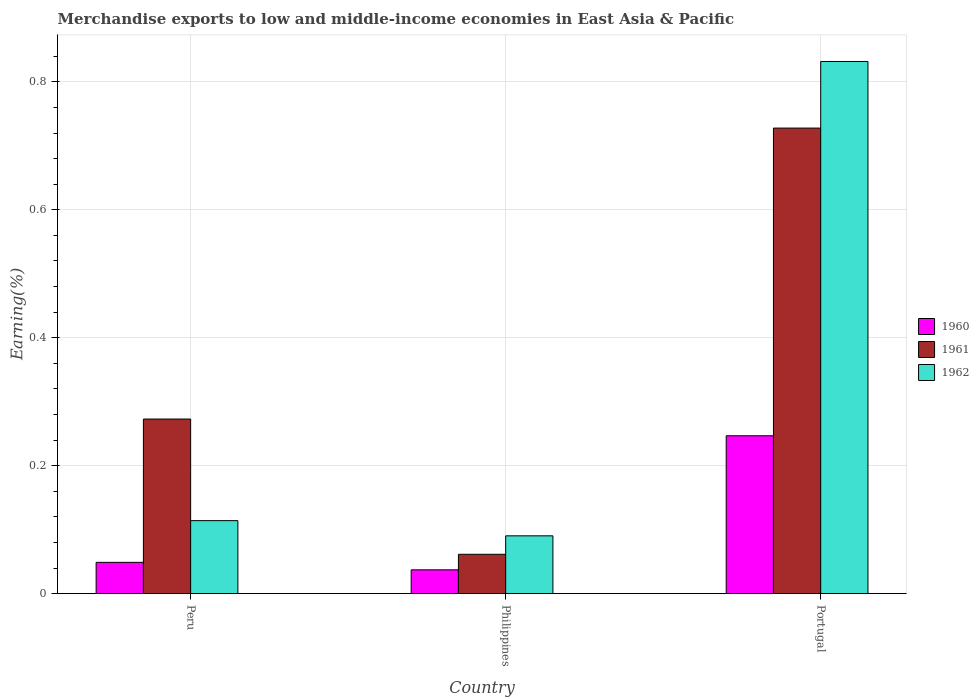
| Country | 1960 | 1961 | 1962 |
 | --- | --- | --- | --- |
 | Peru | 0.0489 | 0.273 | 0.114 |
 | Philippines | 0.0372 | 0.0615 | 0.0904 |
 | Portugal | 0.247 | 0.728 | 0.832 |